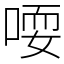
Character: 𫪱